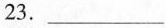
23.___